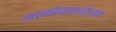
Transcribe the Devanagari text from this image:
आमोणकरांच्या